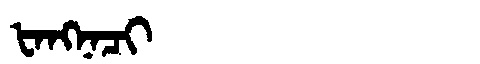
Manchu: ᡶᠠᠩᠨᠠᠴᡳ
Romanization: FANGNACI